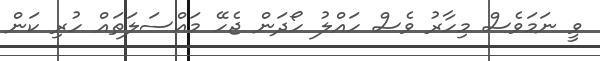
ވީ ނަމަވެސް މިހާރު ވެސް ހައްލު ހޯދަން ޖެހޭ މައްސަލަތައް ހުރި ކަން